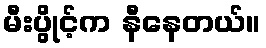
မီးပွိုင့်က နီနေတယ်။